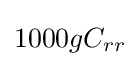
1000gC_{rr}